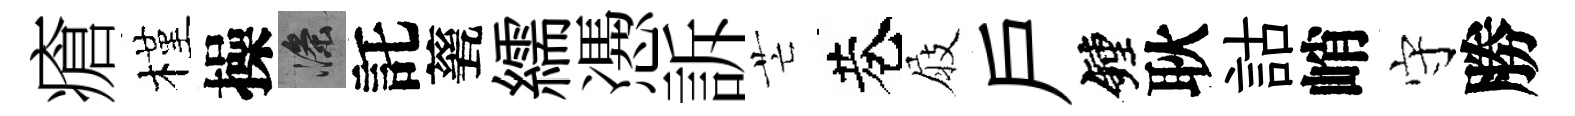
瘡槿操滌託甆繻慿訴芒巷屐戶鐘耿詁峭守勝